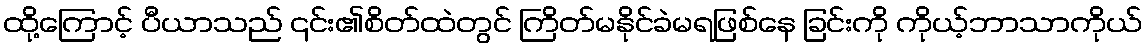
ထို့ကြောင့် ပီယာသည် ၎င်း၏စိတ်ထဲတွင် ကြိတ်မနိုင်ခဲမရဖြစ်နေ ခြင်းကို ကိုယ့်ဘာသာကိုယ်